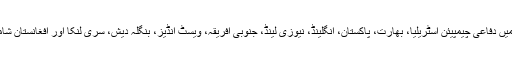
ایونٹ میں دفاعی چیمپیئن آسٹریلیا، بھارت، پاکستان، انگلینڈ، نیوزی لینڈ، جنوبی افریقہ، ویسٹ انڈیز، بنگلہ دیش، سری لنکا اور افغانستان شامل ہیں۔